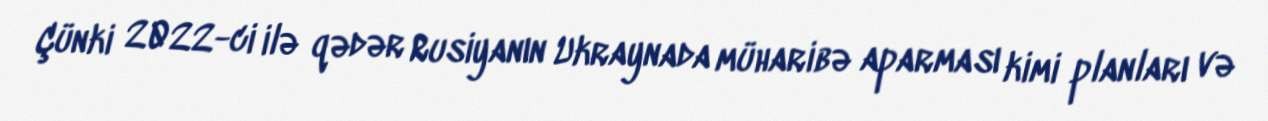
Çünki 2022-ci ilə qədər Rusiyanın Ukraynada müharibə aparması kimi planları və